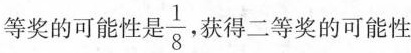
等奖的可能性是\frac{1}{8}，获得二等奖的可能性